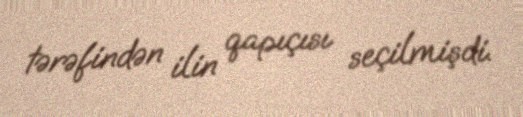
tərəfindən ilin qapıçısı seçilmişdi.